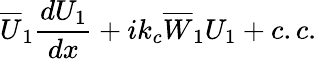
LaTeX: \overline{{U}}_{1}\frac{dU_{1}}{dx}+ik_{c}\overline{{W}}_{1}U_{1}+c.c.